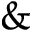
\&